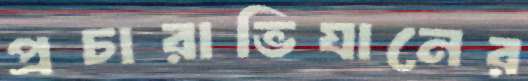
প্রচারাভিযানের